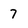
Character: 7